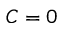
C = 0